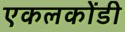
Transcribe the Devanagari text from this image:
एकलकोंडी